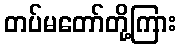
တပ်မတော်တို့ကြား